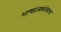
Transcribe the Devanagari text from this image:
भाषांतराबरोबरच